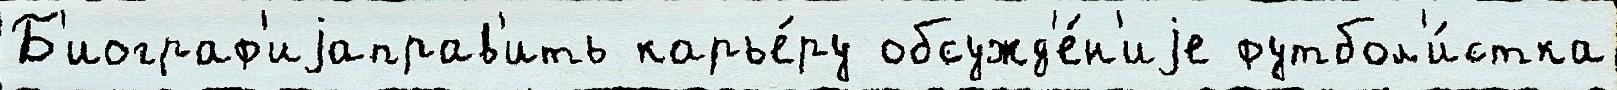
Б'иограф'иjаправ'ить карье́ру обсужд'е́н'иjе футбол'и́стка